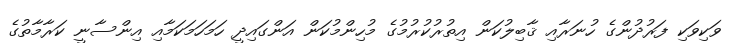
ވަކިވަކި ފަރުދުންގެ ހުނަރާއި ޤާބިލުކަން އިތުރުކުރުމުގެ މުހިންމުކަން އަންގައިދީ ހަމަހަމަކަމާއި އިންސާނީ ކަރާމާތުގެ